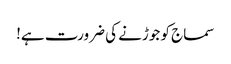
سماج کو جوڑنے کی ضرورت ہے!